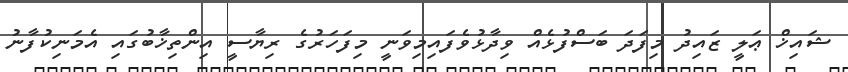
ޝައިޚް ޢަލީ ޒައިދު މިފަދަ ބަސްފުޅެއް ވިދާޅުވެފައިމިވަނީ މިފަހަރުގެ ރިޔާސީ އިންތިޚާބުގައި އެމަނިކުފާނު